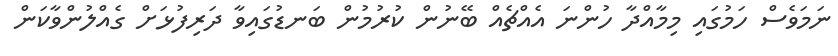
ނަމަވެސް ހަމުގައި މިމާއްދާ ހުންނަ އެއްޗެއް ބޭނުން ކުރުމުން ބަނޑުގައިވާ ދަރިފުޅަށް ގެއްލުންވާކަން